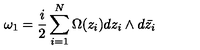
\omega _ { 1 } = \frac { i } { 2 } \sum _ { i = 1 } ^ { N } \Omega ( z _ { i } ) d z _ { i } \wedge d \bar { z _ { i } }